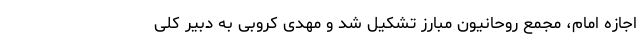
اجازه امام، مجمع روحانیون مبارز تشکیل شد و مهدی کروبی به دبیر کلی